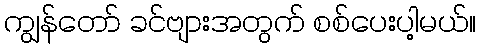
ကျွန်တော် ခင်ဗျားအတွက် စစ်ပေးပါ့မယ်။